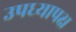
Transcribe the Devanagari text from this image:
उपध्यापक्ष